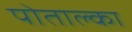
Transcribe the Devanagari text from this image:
पोताल्का